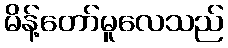
မိန့်တော်မူလေသည်